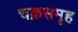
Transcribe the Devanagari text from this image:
चक्रसमूह